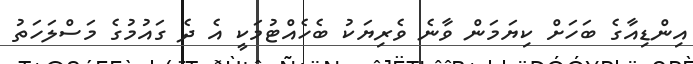
އިންޑިއާގެ ބަހަށް ކިޔަމަން ވާނެ ވެރިޔަކު ބެހެއްޓުމަކީ އެ ދެ ގައުމުގެ މަސްލަހަތު